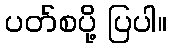
ပတ်စပို့ ပြပါ။